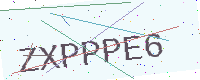
Text: ZXPPPE6